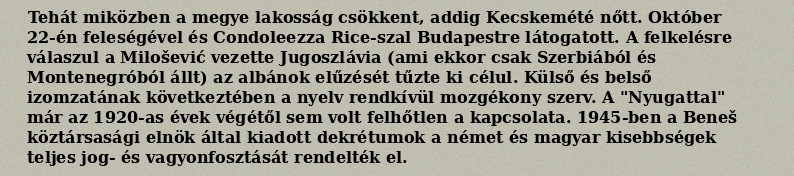
Tehát miközben a megye lakosság csökkent, addig Kecskemété nőtt. Október 22-én feleségével és Condoleezza Rice-szal Budapestre látogatott. A felkelésre válaszul a Milošević vezette Jugoszlávia (ami ekkor csak Szerbiából és Montenegróból állt) az albánok elűzését tűzte ki célul. Külső és belső izomzatának következtében a nyelv rendkívül mozgékony szerv. A "Nyugattal" már az 1920-as évek végétől sem volt felhőtlen a kapcsolata. 1945-ben a Beneš köztársasági elnök által kiadott dekrétumok a német és magyar kisebbségek teljes jog- és vagyonfosztását rendelték el.